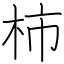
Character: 柿